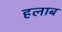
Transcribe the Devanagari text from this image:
हलाब